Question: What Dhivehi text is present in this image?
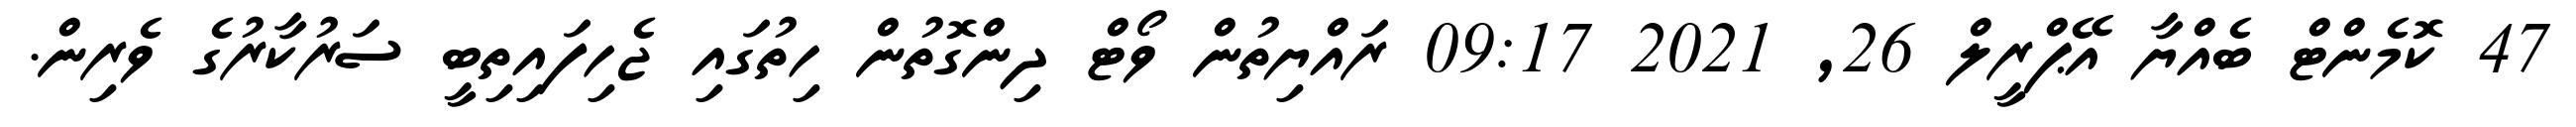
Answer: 47 ކޮމެންޓް ބެއްޔާ އޭޕްރީލް 26, 2021 09:17 ރައްޔިތުން ވޯޓް ދިންގޮތުން ހިތުގައި ޖެހިފައިތިބީ ސަރުކާރުގެ ވެރިން.